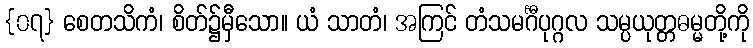
{၀၇} စေတသိကံ၊ စိတ်၌မှီသော။ ယံ သာတံ၊ အကြင် တံသမင်္ဂီပုဂ္ဂလ သမ္ပယုတ္တဓမ္မတို့ကို